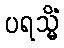
ပရသ္မိံ